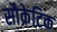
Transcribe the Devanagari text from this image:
सौक्रेटिक